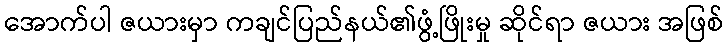
အောက်ပါ ဇယားမှာ ကချင်ပြည်နယ်၏ဖွံ့ဖြိုးမှု ဆိုင်ရာ ဇယား အဖြစ်